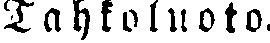
Tahkoluoto.